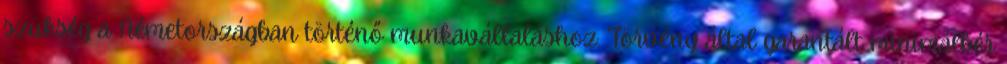
szükség a Németországban történő munkavállaláshoz. Törvény által garantált minimálbér